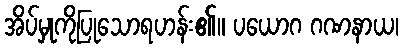
အိပ်မှုကိုပြုသောရဟန်း၏။ ပယောဂ ဂဏနာယ၊